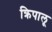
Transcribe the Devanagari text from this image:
क्रिपालू